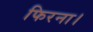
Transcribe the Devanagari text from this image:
फिरना।